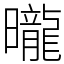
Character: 曨